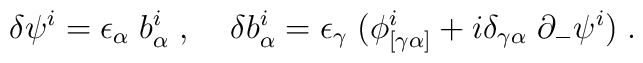
\delta \psi^i = \epsilon_\alpha\;b^i_\alpha\;,\;\;\;\;\delta b^i_\alpha = \epsilon_\gamma\;(\phi^i_{[\gamma \alpha]} + i\delta_{\gamma \alpha}\;\partial_-\psi^i)\;.